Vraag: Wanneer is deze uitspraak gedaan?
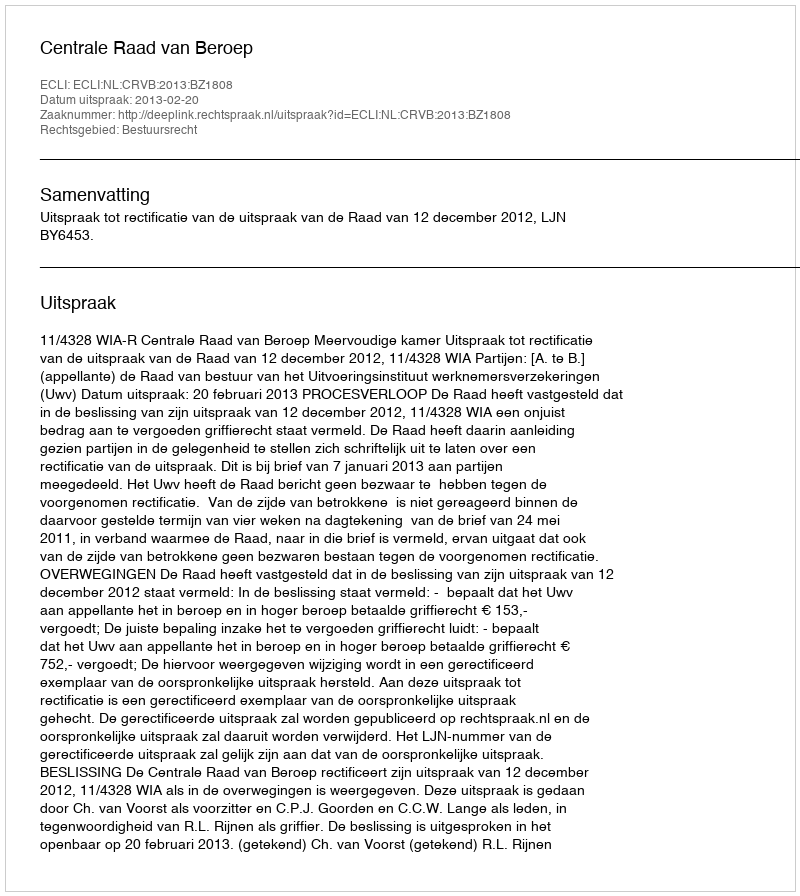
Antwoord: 2013-02-20